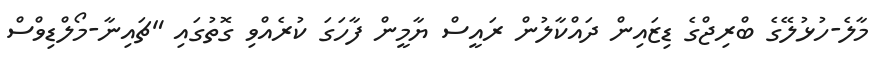
މާލެ-ހުޅުލޭގެ ބްރިޖްގެ ޑިޒައިން ދައްކާލުން ރައީސް ޔާމީން ފާހަގަ ކުރެއްވި ގޮތުގައި "ޗައިނާ-މޯލްޑިވްސް